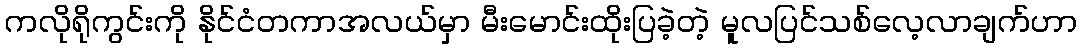
ကလိုရိုကွင်းကို နိုင်ငံတကာအလယ်မှာ မီးမောင်းထိုးပြခဲ့တဲ့ မူလပြင်သစ်လေ့လာချက်ဟာ